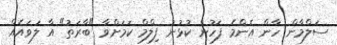
ސަލްމާން ހާން އެންމެ ފަހުން ކުޅުނު ފިލްމް ކަމަށްވާ "ބާރަތު" އާ ލަވައެއް